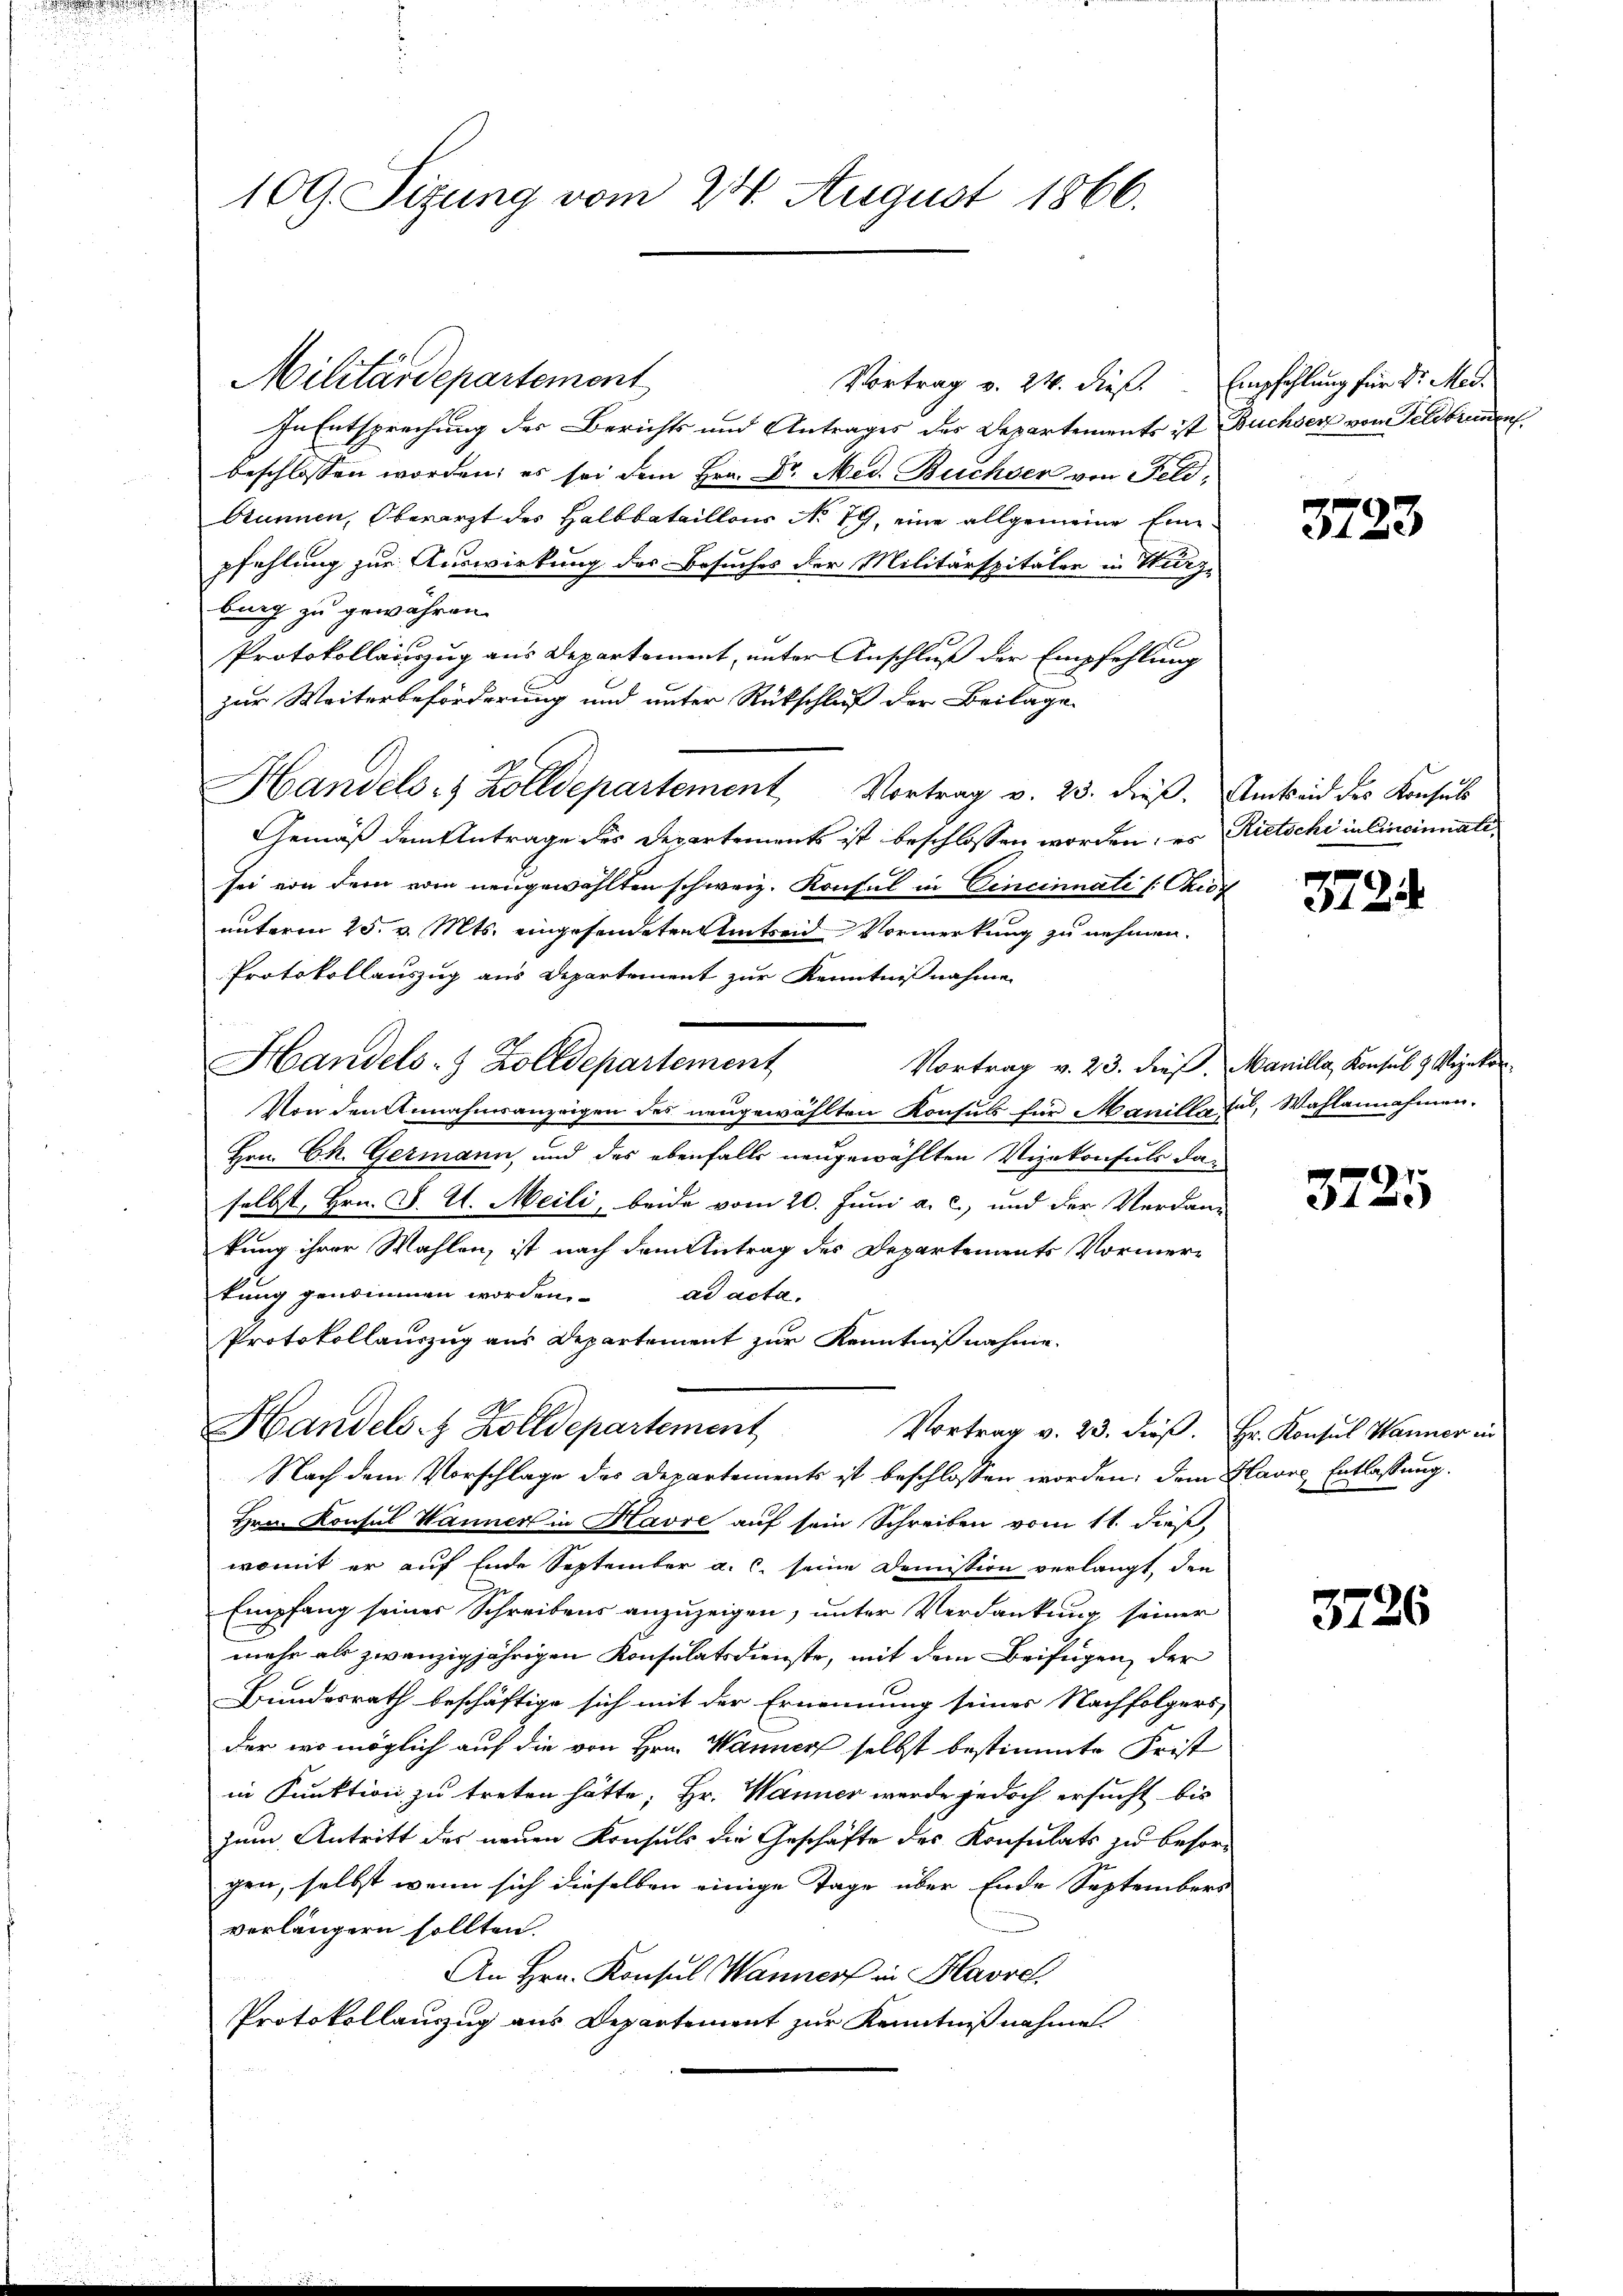
Militärdepartement
Vortrag v. 24. dieß. Empfehlung für Dr. Med.
In Entsprechung des Berichts und Antrages des Departements ist Buchser von Feldbrunnen
beschlossen worden; es sei dem Hrn. Dr. Med. Buchser von Feld-
Brunnen, Oberarzt des Halbbataillons No 79, eine allgemeine Einpfehlung zur Auswirkung des Besuches der Militärspitaler in Turg-
burg zu gewähren.
Protokollauszug aus Departement, unter Anschluß der Empfehlung
zur Weiterbeförderung und unter Rückschluß der Beilage
Handels 8 Zolldepartement Vortrag v. 23. dieβ. Amtseid des Konsul
Gemäß dem Antrage des Departements ist beschlossen worden; es Rietschi in Cincinnatisei von dem vom neugewählten schweiz. Konsul in Cincinnati (: Tief
unterm 25. v. Mts. eingesendeten Amtseid Vormerkung zu nehmen.
Protokollauszug aus Departement zur Kenntnißnahme
Handels- & Zolldepartement
Vortrag v. 23. dieß, Manilla, Konsul 9 Vizekon
Von den Annahmsanzeigen des neugewählten Konsuls für Manillet, Wahlannahmen.
Hrn. Ch. Germann, und das ebenfalls neugewählten Vizekonsuls daselbst, Hrn. J. A. Meili, beide vom 20. Juni a. c., und der Verdan-
kung ihrer Wahlen, ist nach dem Antrag des Departements Vormertung genommen worden.
ad acta.
Protokollauszug aus Departement zur Kenntnißnahme.
Handelst Zolldepartement
Vortrag v. 23. Froß. Hr. Konsul Wanner in
Nach dem Vorschlage des Departements ist beschlossen worden; dem Havre Entlassung.
Hrn. Konsul Wanner in Havre auf sein Schreiben vom 11. dieß
womit er auf Ende September a. c. seine Demission verlangt, die
Empfang seines Schreibens anzuzeigen, unter Verdankung seiner
mehr als zwanzigjährigen Konsulatsdienste, mit dem Beifügen, der
Bundesrath beschäftige sich mit der Ernennung seiner Nachfolgers
der wo möglich auf die von Hrn. Wanner selbst bestimmte Frist
in Funktion zu treten hätte, Hr. Wanner werde jedoch ersucht bis
zum Antritt des neuen Konsuls die Geschäfte des Konsulats zu besorgen, selbst wenn sich dieselben einige Tage über Ende Septembers
verlängern sollten.
An Hrn. Konsul Wanners in Havre
Protokollauszug aus Departement zur Kenntnißnahme.

109. Sizung vom 24. August 1866.

3723

3724

3725

3726